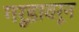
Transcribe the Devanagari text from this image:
गरूडावरून